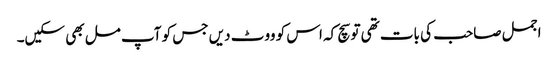
اجمل صاحب کی بات تھی تو سچ کہ اس کو ووٹ دیں جس کو آپ مل بھی سکیں۔